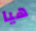
هيا